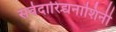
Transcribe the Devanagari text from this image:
सर्वदारिद्र्यनाशिनी